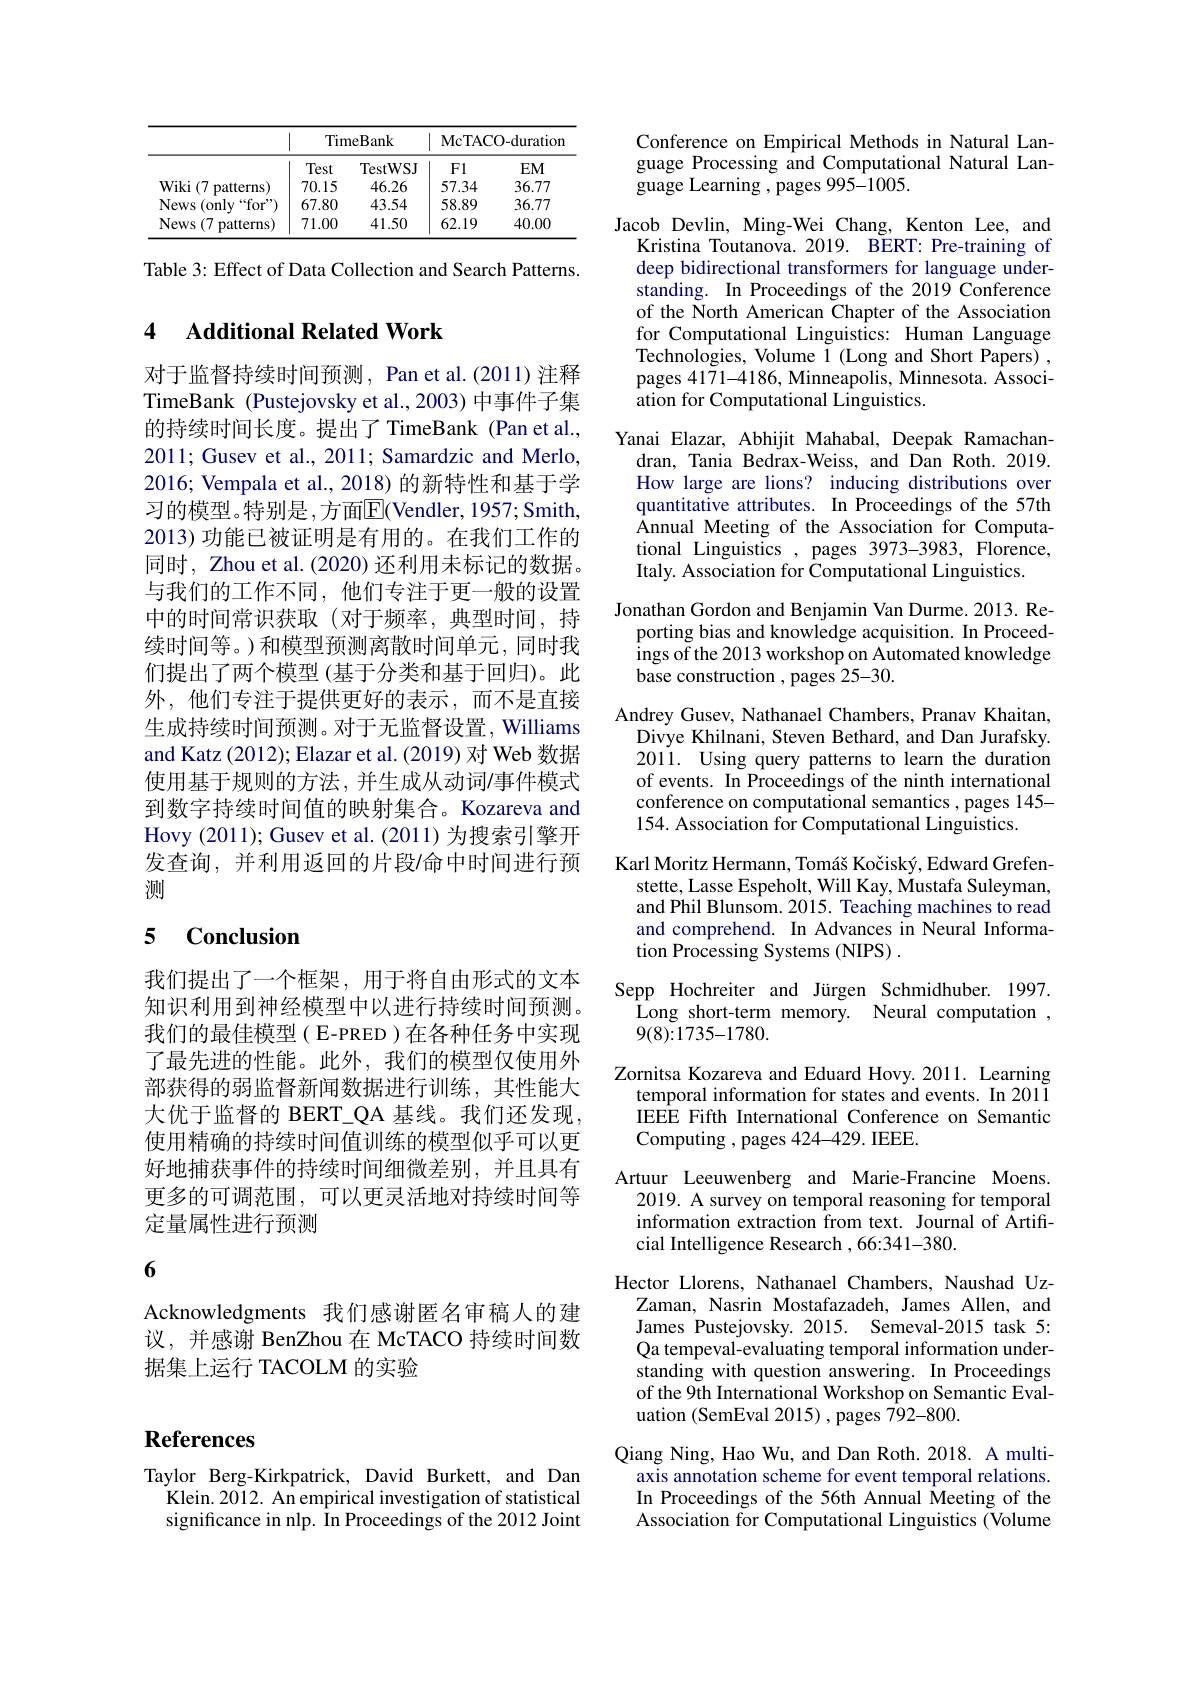
<table>
	<tbody>
		<tr>
			<th> </th>
			<th colspan="2">TimeBank</th>
			<th colspan="2">McTACO-duratior</th>
		</tr>
		<tr>
			<th> </th>
			<th>Test</th>
			<th>TestWSJ</th>
			<th>$F1$</th>
			<th>$EM$</th>
		</tr>
		<tr>
			<td>$\mathbf{Wiki}(7$ patterns</td>
			<td>70.15</td>
			<td>46.26</td>
			<td>57.34</td>
			<td>36.77</td>
		</tr>
		<tr>
			<td>News (onlv $“for”$</td>
			<td>67.80</td>
			<td>43.54</td>
			<td>58.89</td>
			<td>36.77</td>
		</tr>
		<tr>
			<td>News (7 patterns</td>
			<td>71.00</td>
			<td>41.50</td>
			<td>62.19</td>
			<td>40.00</td>
		</tr>
	</tbody>
</table>

Table 3: Effect of Data Collection and Search Patterns.

### 4 $\textbf{Additional Related Work}$

对于监督持续时间预测，Pan et al.(2011) 注释TimeBank (Pustejovsky et al.,2003) 中事件子集的持续时间长度。提出了 TimeBank (Pan et al., 2011; Gusev et al., 2011; Samardzic and Merlo, 2016; Vempala et al., 2018) 的新特性和基于学习的模型。特别是，方面$\overline{\mathrm{E}}($Vendler, 1957; Smith, 2013) 功能已被证明是有用的。在我们工作的同时，Zhou et al. (2020) 还利用未标记的数据。与我们的工作不同，他们专注于更一般的设置中的时间常识获取(对于频率，典型时间，持续时间等。)和模型预测离散时间单元，同时我们提出了两个模型(基于分类和基于回归)。此外，他们专注于提供更好的表示，而不是直接生成持续时间预测。对于无监督设置，Williams and Katz (2012); Elazar et al. (2019) 对 Web 数据使用基于规则的方法，并生成从动词/事件模式到数字持续时间值的映射集合。Kozareva and Hovy (2011); Gusev et al. (2011) 为搜索引擎开发查询，并利用返回的片段$\prime$命中时间进行预测

### 5 $\mathbf{Conclusion}$

我们提出了一个框架，用于将自由形式的文本知识利用到神经模型中以进行持续时间预测。我们的最佳模型(E-PRED)在各种任务中实现了最先进的性能。此外，我们的模型仅使用外部获得的弱监督新闻数据进行训练，其性能大大优于监督的 BERT\_QA 基线。我们还发现， 使用精确的持续时间值训练的模型似乎可以更好地捕获事件的持续时间细微差别，并且具有更多的可调范围，可以更灵活地对持续时间等定量属性进行预测

6

Acknowledgments 我们感谢匿名审稿人的建议，并感谢 BenZhou 在 McTACO 持续时间数据集上运行 TACOLM 的实验

# References

Taylor Berg-Kirkpatrick, David Burkett, and Dan
Klein. 2012. An empirical investigation of statistical significance in nlp. In Proceedings of the 2012 Joint

Conference on Empirical Methods in Natural Language Processing and Computational Natural Language Learning , pages 995-1005.
Jacob Devlin, Ming-Wei Chang, Kenton Lee, and
Kristina Toutanova. 2019. BERT: Pre-training of deep bidirectional transformers for language understanding. In Proceedings of the 2019 Conference of the North American Chapter of the Association for Computational Linguistics: Human Language Technologies, Volume 1 (Long and Short Papers) , pages 4171-4186, Minneapolis, Minnesota. Åssociation for Computational Linguistics.
Yanai Elazar, Abhijit Mahabal, Deepak Ramachan-
dran, Tania Bedrax-Weiss, and Dan Roth.2019. How large are lions? inducing distributions over quantitative attributes. In Proceedings of the 57th Annual Meeting of the Association for Computational Linguistics , pages 3973-3983, Florence, Italy. Association for Computational Linguistics.
Jonathan Gordon and Benjamin Van Durme. 2013. Re-
porting bias and knowledge acquisition. In Proceedings of the 2013 workshop on Automated knowledge base construction , pages 25-30.
Andrey Gusev, Nathanael Chambers, Pranav Khaitan,
Divye Khilnani, Steven Bethard, and Dan Jurafsky. 2011. Using query patterns to learn the duration of events. In Proceedings of the ninth international conference on computational semantics , pages 145- 154. Association for Computational Linguistics.
Karl Moritz Hermann, Tomáš Kočiský, Edward Grefen-
stette, Lasse Espeholt, Will Kay, Mustafa Suleyman, and Phil Blunsom. 2015. Teaching machines to read and comprehend. In Advances in Neural Information Processing Systems (NIPS) .
Sepp Hochreiter and Jürgen Schmidhuber. 1997.
Long short-term memory. Neural computation ,
9(8){:}1735{-}1780.
Zornitsa Kozareva and Eduard Hovy. 2011. Learning
temporal information for states and events. In 2011 IEEE Fifth International Conference on Semantic Computing , pages 424-429. IEEE.
Artuur Leeuwenberg and Marie-Francine Moens. 2019. A survey on temporal reasoning for temporal information extraction from text. Journal of Artificial Intelligence Research ,66:341-380.
Hector Llorens, Nathanael Chambers, Naushad Uz-
Zaman, Nasrin Mostafazadeh, James Allen, and James Pustejovsky.2015. Semeval-2015 task 5: Qa tempeval-evaluating temporal information understanding with question answering. In Proceedings of the 9th International Workshop on Semantic Evaluation (SemEval 2015) , pages 792-800.
Qiang Ning, Hao Wu, and Dan Roth. 2018. A multi-
axis annotation scheme for event temporal relations. In Proceedings of the 56th Annual ÎMeeting of the Association for Computational Linguistics (Volume